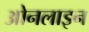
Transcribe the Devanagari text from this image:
ओनलाइन